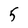
Character: 5